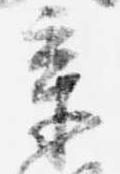
章